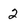
Character: 2